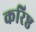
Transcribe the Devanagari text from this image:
करिष्ठ